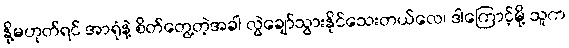
နို့မဟုတ်ရင် အာရုံနဲ့ စိတ်တွေ့တဲ့အခါ လွဲချော်သွားနိုင်သေးတယ်လေ၊ ဒါကြောင့်မို့ သူက